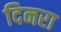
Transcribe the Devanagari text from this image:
दिनरा